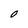
Character: O